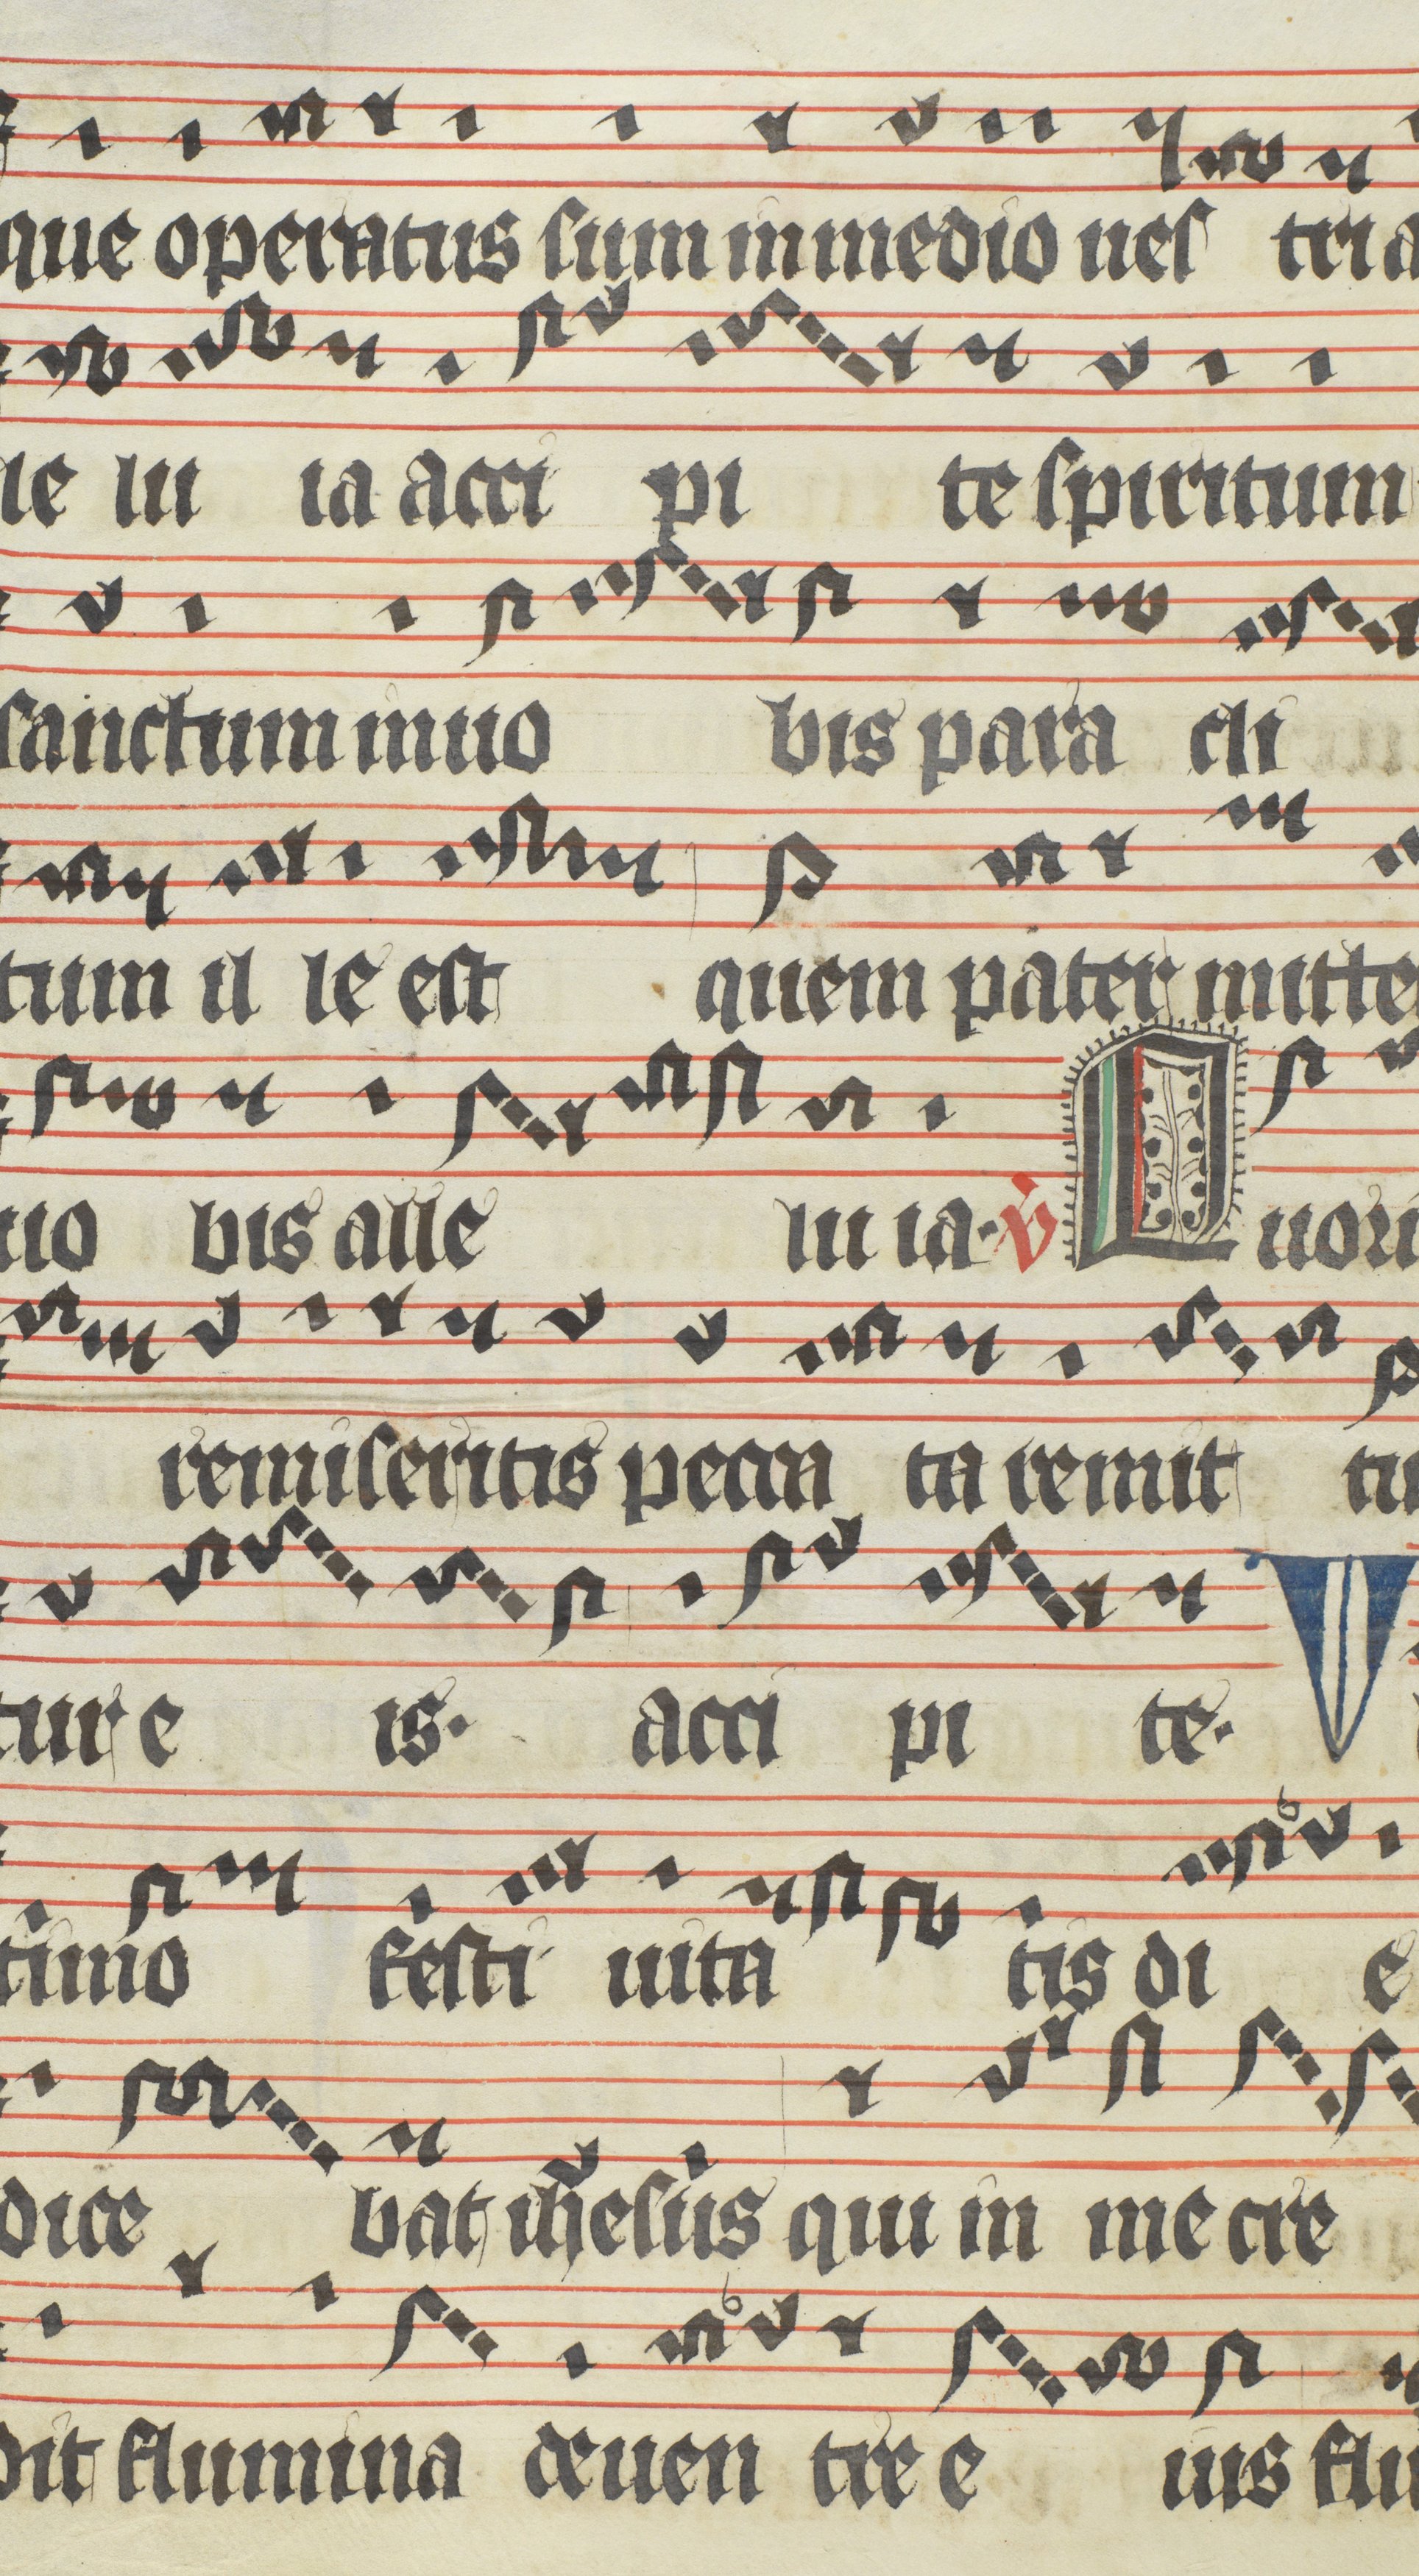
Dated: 1400–1499